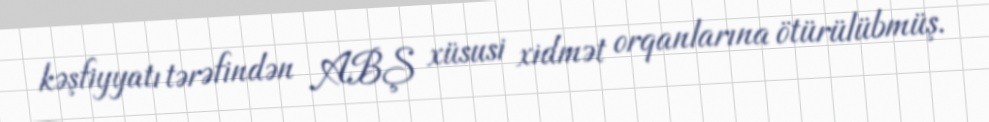
kəşfiyyatı tərəfindən ABŞ xüsusi xidmət orqanlarına ötürülübmüş.